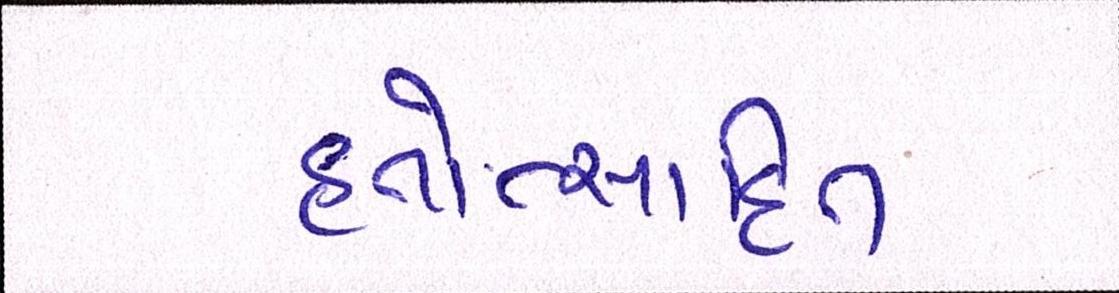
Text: હતોત્સાહિત